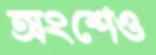
অংশেও